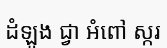
ដំឡូង ជ្វា អំពៅ ស្ករ